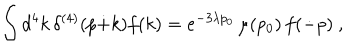
\int d ^ { 4 } k \, \delta ^ { ( 4 ) } ( p \dot { + } k ) f ( k ) = e ^ { - 3 \lambda p _ { 0 } } \, \mu ( p _ { 0 } ) \, f ( \dot { - } p ) ~ ,